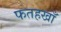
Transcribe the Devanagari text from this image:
फतहखाँ